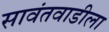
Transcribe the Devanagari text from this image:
सावंतवाडीला